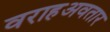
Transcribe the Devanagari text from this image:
वराहअवतार